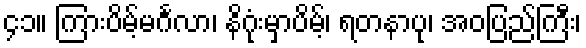
၄၁။ ကြားပိမ့်မင်္ဂလာ၊ နိဂုံးမှာပိမ့်၊ ရတနာပု၊ အဝပြည်ကြီး၊